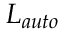
L _ { a u t o }